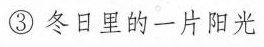
③冬日里的一片阳光